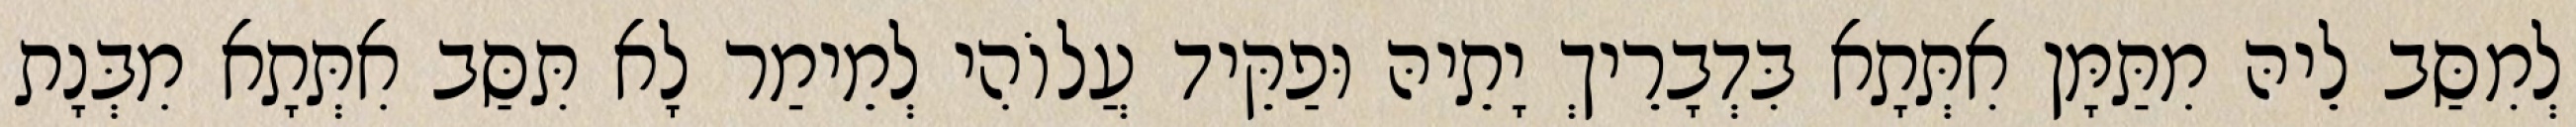
לְמִסַּב לֵיהּ מִתַּמָּן אִתְּתָא בִּדְבָרֵיךְ יָתֵיהּ וּפַקֵּיד עֲלוֹהִי לְמֵימַר לָא תִּסַּב אִתְּתָא מִבְּנָת